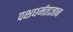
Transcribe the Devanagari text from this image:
पक्षधर्मताज्ञान